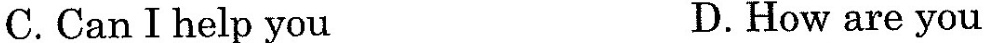
C.Can I help you D.How are you